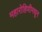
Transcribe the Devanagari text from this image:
महारोहिणीमधून